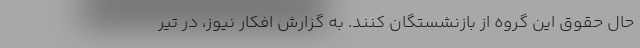
حال حقوق این گروه از بازنشستگان کنند. به گزارش افکار نیوز، در تیر